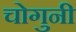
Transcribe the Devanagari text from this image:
चोगुनी